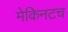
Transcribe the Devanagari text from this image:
मेकिनटच